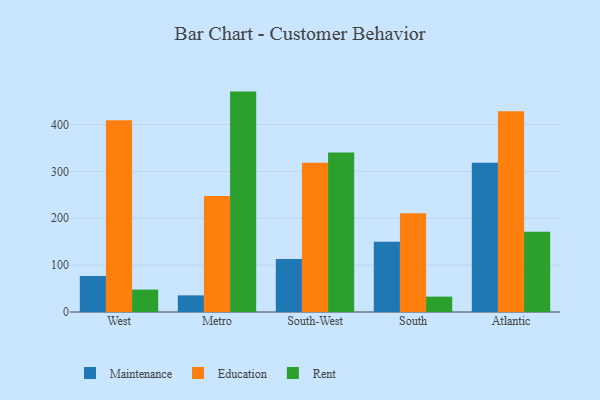
{"axis": {"x": "Region", "y": "Net Income (USD K)"}, "legend": ["Education", "Maintenance", "Rent"], "data": [{"x": "West", "y": 76.9, "type": "Maintenance"}, {"x": "West", "y": 409.3, "type": "Education"}, {"x": "West", "y": 47.8, "type": "Rent"}, {"x": "Metro", "y": 35.5, "type": "Maintenance"}, {"x": "Metro", "y": 247.3, "type": "Education"}, {"x": "Metro", "y": 470.3, "type": "Rent"}, {"x": "South-West", "y": 113.2, "type": "Maintenance"}, {"x": "South-West", "y": 318.5, "type": "Education"}, {"x": "South-West", "y": 340.4, "type": "Rent"}, {"x": "South", "y": 150.0, "type": "Maintenance"}, {"x": "South", "y": 210.5, "type": "Education"}, {"x": "South", "y": 32.8, "type": "Rent"}, {"x": "Atlantic", "y": 318.5, "type": "Maintenance"}, {"x": "Atlantic", "y": 428.6, "type": "Education"}, {"x": "Atlantic", "y": 171.2, "type": "Rent"}]}